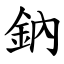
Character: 鈉